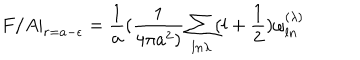
LaTeX: F / A | _ { r = a - \epsilon } = { \frac { 1 } { a } } ( { \frac { 1 } { 4 \pi a ^ { 2 } ) } } \sum _ { l n \lambda } ( l + { \frac { 1 } { 2 } } ) \omega _ { l n } ^ { ( \lambda ) }